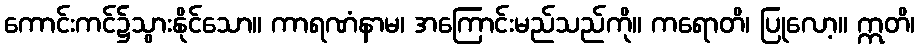
ကောင်းကင်၌သွားနိုင်သော။ ကာရဏံနာမ၊ အကြောင်းမည်သည်ကို။ ကရောတိ၊ ပြုလော့။ ဣတိ၊